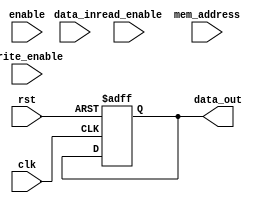
module SDRAM_controller (
    input wire clk,
    input wire rst,
    input wire enable,
    input wire write_enable,
    input wire read_enable,
    input wire mem_address,
    input wire data_in,
    output reg data_out
);

// Declaration of internal signals and registers
reg [2:0] state;
reg [7:0] row_address;
reg [7:0] col_address;
reg [7:0] data_reg;

// State machine definition
parameter IDLE = 3'b000;
parameter PRECHARGE = 3'b001;
parameter ACTIVATE = 3'b010;
parameter READ = 3'b011;
parameter WRITE = 3'b100;

always @ (posedge clk or posedge rst) begin
    if (rst) begin
        state <= IDLE;
        row_address <= 8'b0;
        col_address <= 8'b0;
        data_reg <= 8'b0;
        data_out <= 8'b0;
    end else begin
        case (state)
            IDLE: begin
                if (enable) begin
                    if (write_enable) begin
                        state <= WRITE;
                    end else if (read_enable) begin
                        state <= READ;
                    end
                end
            end
            
            PRECHARGE: begin
                // Implementation for precharge state
            end
            
            ACTIVATE: begin
                // Implementation for activate state
            end
            
            READ: begin
                // Implementation for read state
            end
            
            WRITE: begin
                // Implementation for write state
            end
        endcase
    end
end

// Additional logic for interfacing with memory array and handling timing requirements

endmodule